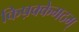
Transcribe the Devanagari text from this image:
किष़क्केमठम्